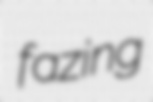
fazing